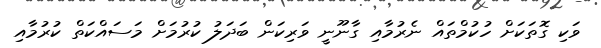
ވަކި ގޮތަކަށް ހުކުމްތައް ނެރުމާއި ގާނޫނީ ވަރިކަން ބަދަލު ކުރުމަށް މަސައްކަތް ކުރުމާއި